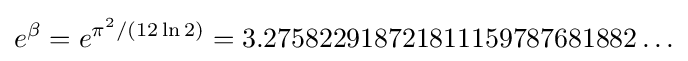
e^{\beta }=e^{\pi ^{2}/(12\ln 2)}=3.275822918721811159787681882\ldots